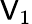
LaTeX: \mathsf{V}_{1}